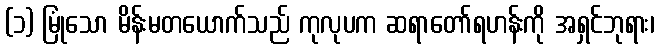
(၁) မြုံသော မိန်းမတယောက်သည် ကုလုပက ဆရာတော်ရဟန်းကို အရှင်ဘုရား၊